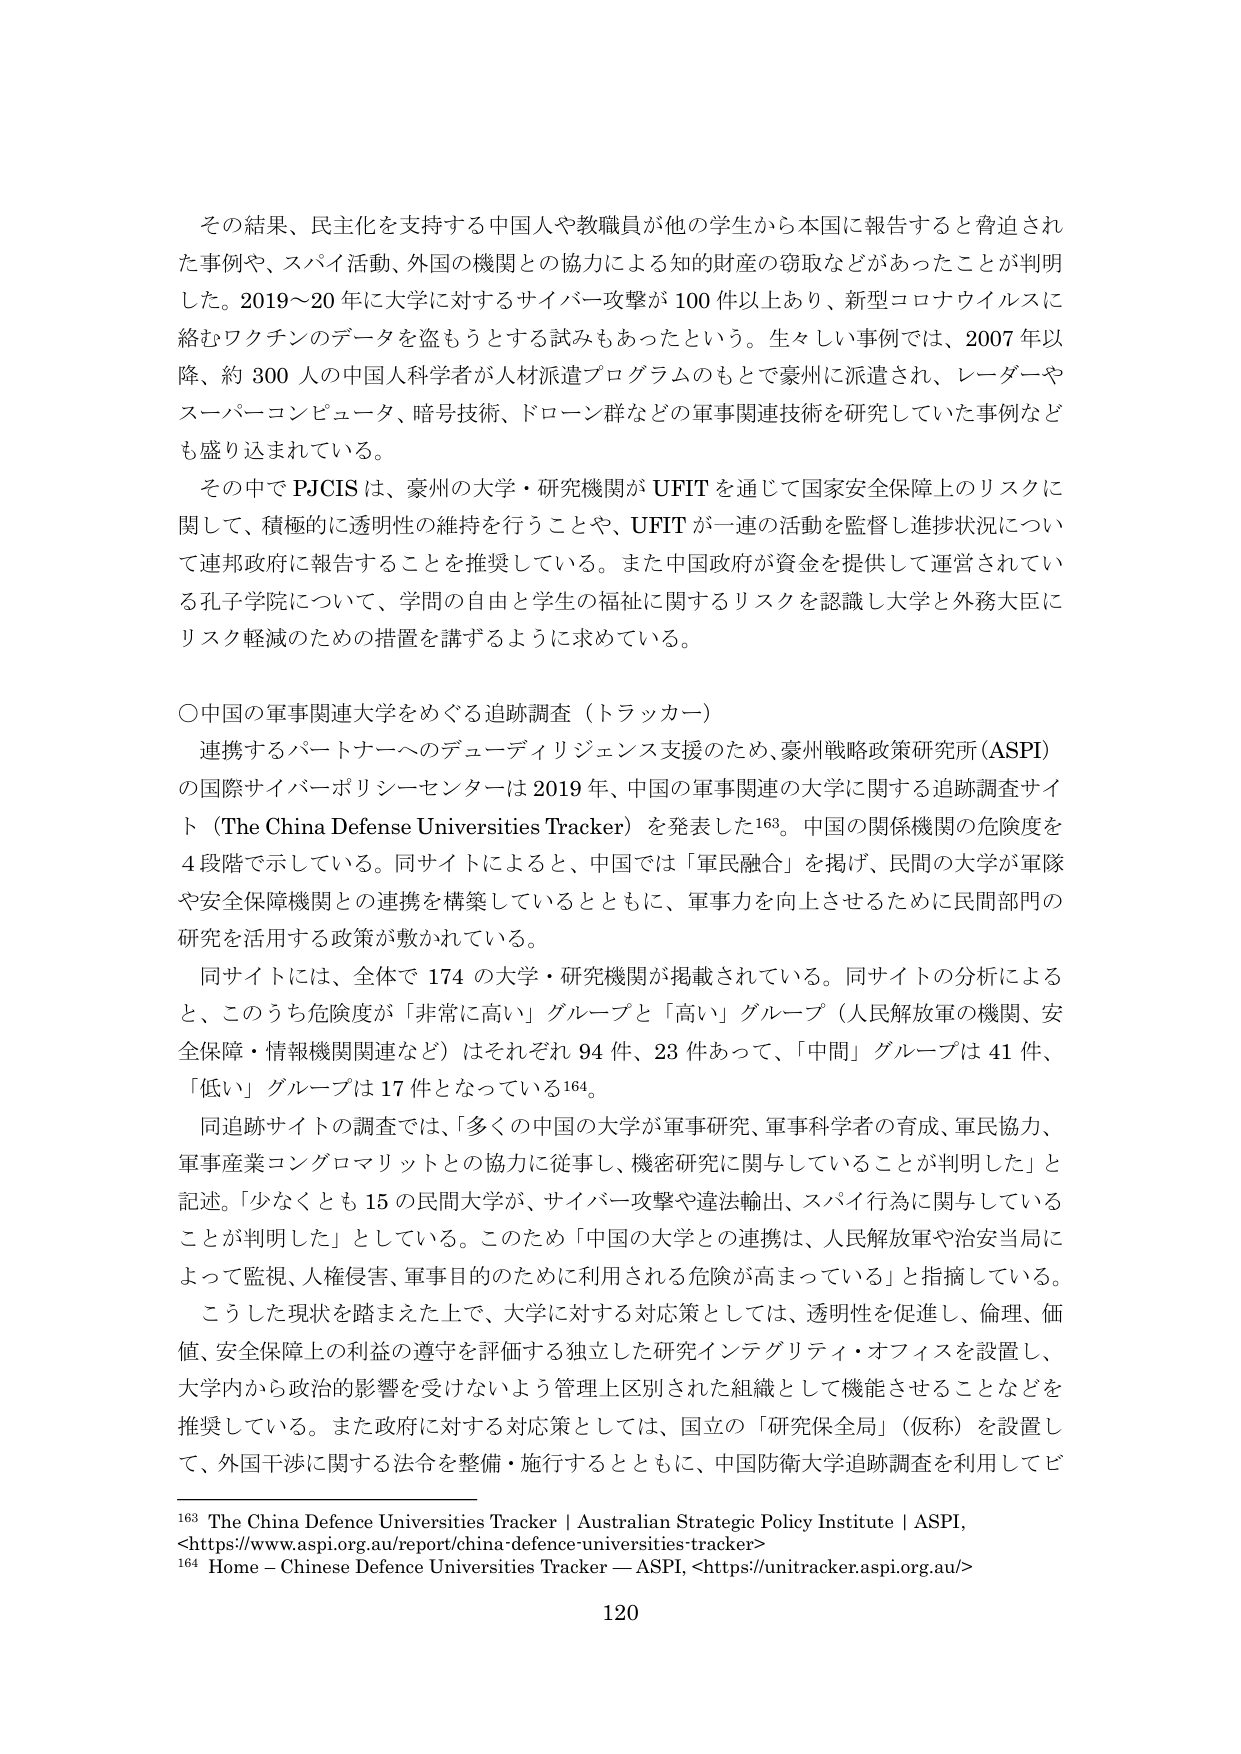
その結果、民主化を支持する中国人や教職員が他の学生から本国に報告すると脅迫された事例や、スパイ活動、外国の機関との協力による知的財産の窃取などがあったことが判明した。2019～20年に大学に対するサイバー攻撃が100件以上あり、新型コロナウイルスに絡むワクチンのデータを盗もうとする試みもあったという。生々しい事例では、2007年以降、約300人の中国人科学者が人材派遣プログラムのもとで豪州に派遣され、レーダーやスーパーコンピュータ、暗号技術、ドローン群などの軍事関連技術を研究していた事例なども盛り込まれている。

その中でPJCISは、豪州の大学・研究機関がUFITを通じて国家安全保障上のリスクに関して、積極的に透明性の維持を行うことや、UFITが一連の活動を監督し進捗状況について連邦政府に報告することを推奨している。また中国政府が資金を提供して運営されている孔子学院について、学問の自由と学生の福祉に関するリスクを認識し大学と外務大臣にリスク軽減のための措置を講ずるように求めている。

〇中国の軍事関連大学をめぐる追跡調査（トラッカー）

連携するパートナーへのデューディリジェンス支援のため、豪州戦略政策研究所(ASPI)の国際サイバーポリシーセンターは2019年、中国の軍事関連の大学に関する追跡調査サイト（The China Defense Universities Tracker）を発表した163。中国の関係機関の危険度を4段階で示している。同サイトによると、中国では「軍民融合」を掲げ、民間の大学が軍隊や安全保障機関との連携を構築しているとともに、軍事力を向上させるために民間部門の研究を活用する政策が敷かれている。

同サイトには、全体で174の大学・研究機関が掲載されている。同サイトの分析によると、このうち危険度が「非常に高い」グループと「高い」グループ（人民解放軍の機関、安全保障・情報機関関連など）はそれぞれ94件、23件あって、「中間」グループは41件、「低い」グループは17件となっている164。

同追跡サイトの調査では、「多くの中国の大学が軍事研究、軍事科学者の育成、軍民協力、軍事産業コングロマリットとの協力に従事し、機密研究に関与していることが判明した」と記述。「少なくとも15の民間大学が、サイバー攻撃や違法輸出、スパイ行為に関与していることが判明した」としている。このため「中国の大学との連携は、人民解放軍や治安当局によって監視、人権侵害、軍事目的のために利用される危険が高まっている」と指摘している。

こうした現状を踏まえた上で、大学に対する対応策としては、透明性を促進し、倫理、価値、安全保障上の利益の遵守を評価する独立した研究インテグリティ・オフィスを設置し、大学内から政治的影響を受けないよう管理上区別された組織として機能させることなどを推奨している。また政府に対する対応策としては、国立の「研究保全局」（仮称）を設置して、外国干渉に関する法令を整備・施行するとともに、中国防衛大学追跡調査を利用してビ

163 The China Defence Universities Tracker | Australian Strategic Policy Institute | ASPI, <https://www.aspi.org.au/report/china-defence-universities-tracker>
164 Home – Chinese Defence Universities Tracker — ASPI, <https://unitracker.aspi.org.au/>

120